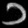
Digit: ၁